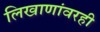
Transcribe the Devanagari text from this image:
लिखाणांवरही